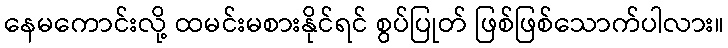
နေမကောင်းလို့ ထမင်းမစားနိုင်ရင် စွပ်ပြုတ် ဖြစ်ဖြစ်သောက်ပါလား။